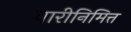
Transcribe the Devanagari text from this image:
वारीनिमित्त